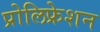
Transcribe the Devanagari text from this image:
प्रोलिफ्रेशन